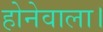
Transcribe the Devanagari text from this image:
होनेवाला।